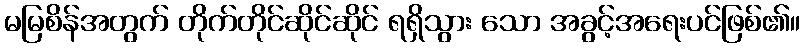
မမြစိန်အတွက် တိုက်တိုင်ဆိုင်ဆိုင် ရရှိသွား သော အခွင့်အရေးပင်ဖြစ်၏။